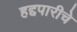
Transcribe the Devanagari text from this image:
हद्दपारीचे